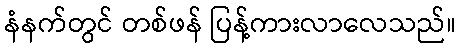
နံနက်တွင် တစ်ဖန် ပြန့်ကားလာလေသည်။